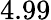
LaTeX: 4.99